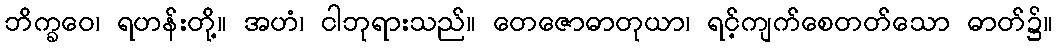
ဘိက္ခဝေ၊ ရဟန်းတို့။ အဟံ၊ ငါဘုရားသည်။ တေဇောဓာတုယာ၊ ရင့်ကျက်စေတတ်သော ဓာတ်၌။